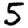
Digit: 5